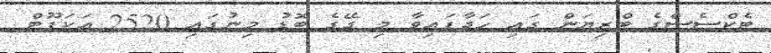
ޓެކްސެސްގެ ބްރިޔަން ގައި ހަދާފައިވާ މި ގޭގެ ބޮޑު މިނުގައި 2520 އަކަފޫޓް